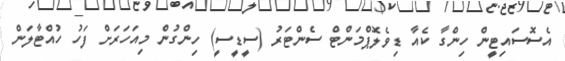
އެސޮސައިޓީން ހިންގާ ކެއާ ޑިވެލޮޕްމަންޓް ސެންޓަރު (ސީޑީސީ) ހިންގުން މިއަހަރަށް ފަހު ހުއްޓާލަން